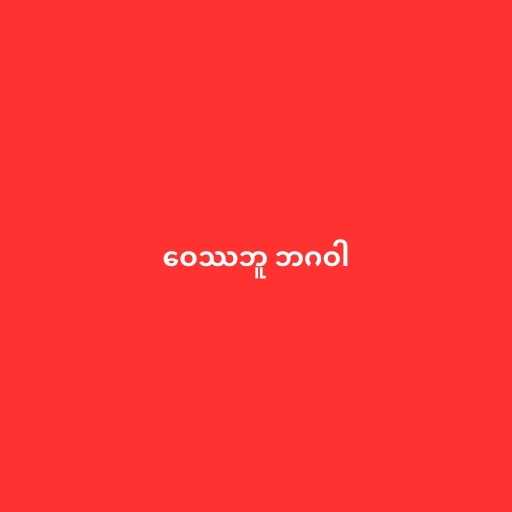
ဝေဿဘူ ဘဂဝါ